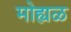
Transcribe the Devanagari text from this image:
मोह्यळ